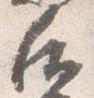
后